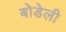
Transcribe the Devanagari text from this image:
बोडेली